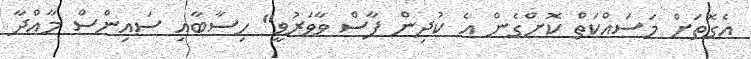
އެގޮތަށް މަސައްކަތް ކޮށްގެން އެ ކުދިން ފާސް ވާވަރުވީ" ހިސާބާއި ސައިންސް މާއްދާ